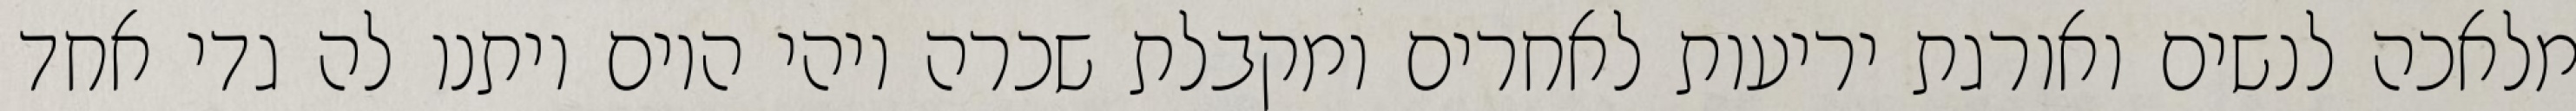
מלאכה לנשים ואורגת יריעות לאחרים ומקבלת שכרה ויהי היום ויתנו לה גדי אחד